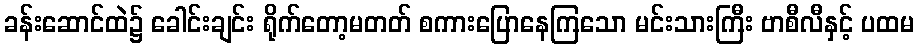
ခန်းဆောင်ထဲ၌ ခေါင်းချင်း ရိုက်တော့မတတ် စကားပြောနေကြသော မင်းသားကြီး ဗာစီလီနှင့် ပထမ